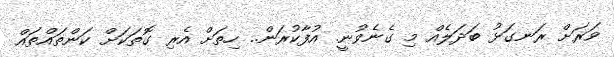
ވަރަށް ރަނގަޅު ބަދަލެއް މި ގެނެވުނީ. އުފާކުރަން.. ހިތަށް އެރި ގޮތަކަށް ކަންތައްތައް